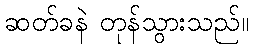
ဆတ်ခနဲ တုန်သွားသည်။